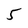
Character: 5